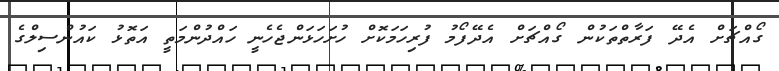
ގޯއްޗަށް އެދޭ ފަރާތްތަކުން ގޯއްޗަށް އެދޭފޯމު ފުރިހަމަކޮށް ހުށަހަޅަންޖެހެނީ ހައްދުންމަތީ އަތޮޅު ކައުންސިލްގެ